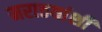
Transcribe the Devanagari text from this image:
मराठयांशी